kultuurilooline_kollektsioon, lk 4
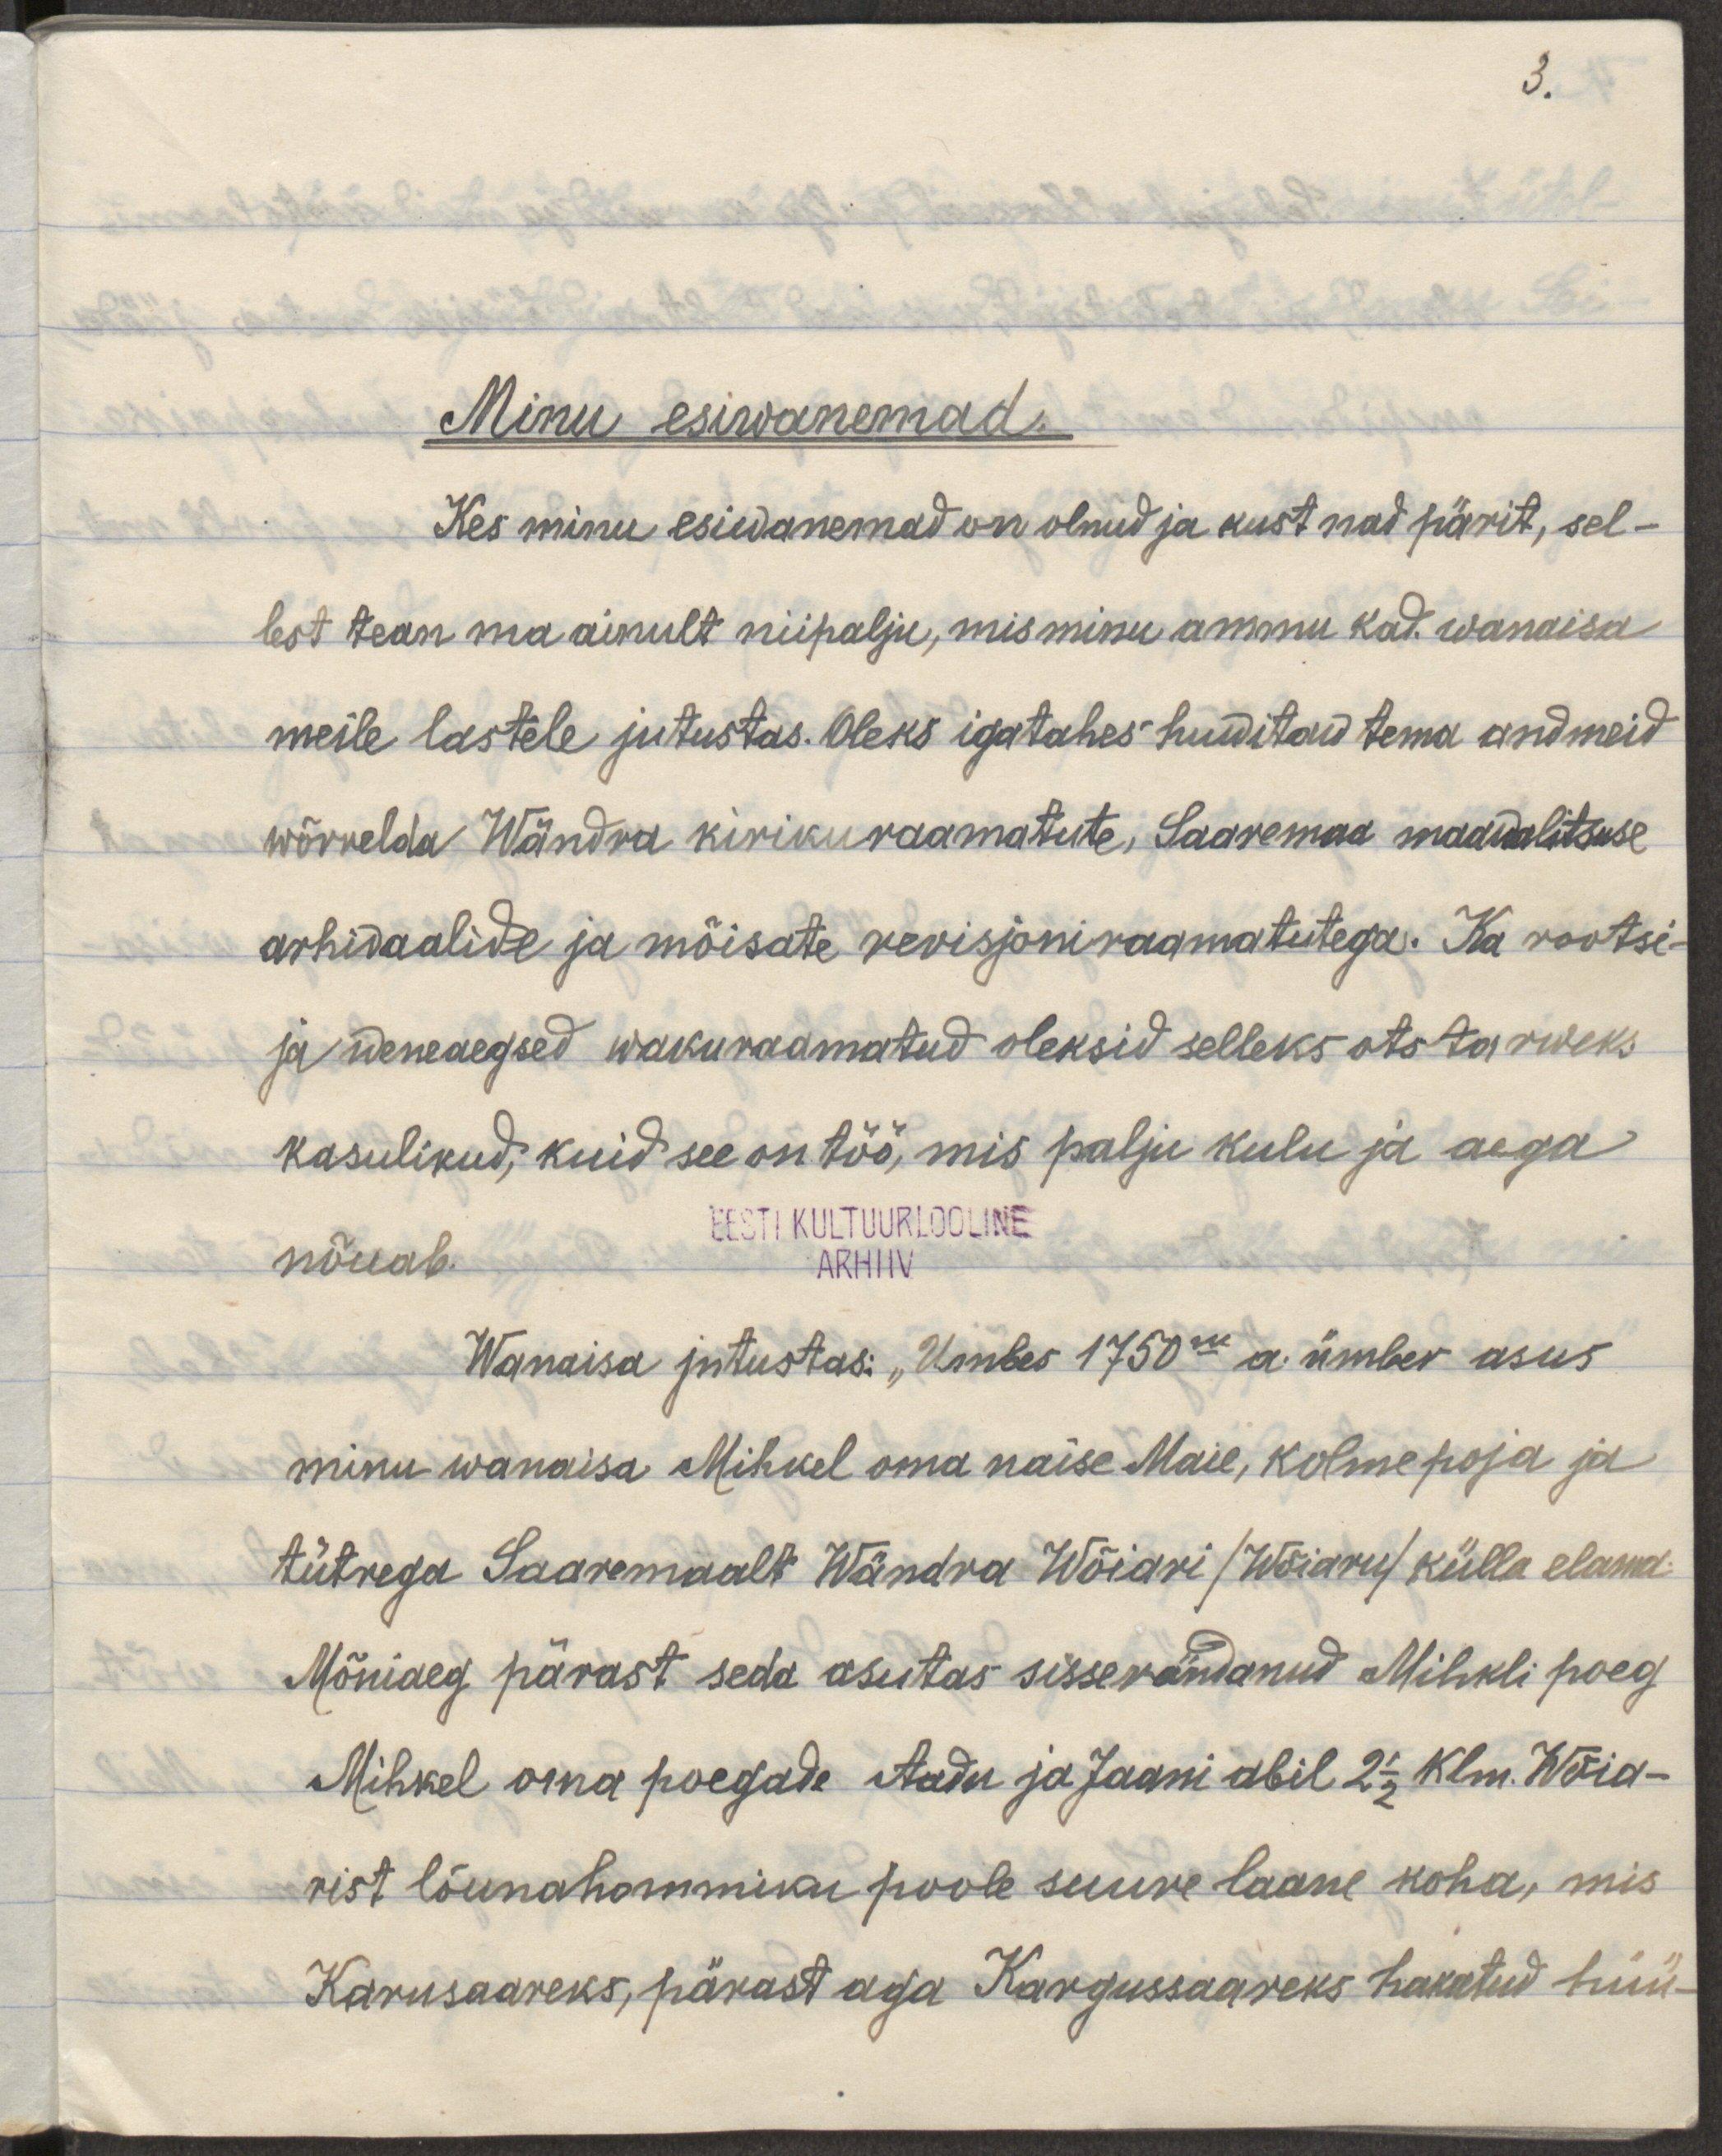
3.
Minu esiwanemad
Kes minu esiwanemad on olnud ja kust nad pärit, sel-
lest tean ma ainult niipalju, mis minu ammu kad. wanaisa
meile lastele jutustas. Oleks igastahes huwitaw tema andmeid
võrrelda Wändra kirikuraamatute, Saaremaa maawalitsuse
arhivaalide ja mõisate revisjoniraamatutega. Ka rootsi-
ja weneaegsed wakuraamatud oleksid selleks otstarbeks
kasulikud, kuid see on töö, mis palju kulu ja aega
EESTI KULTUURLOOLINE
nõuab
ARHIIV
Wanaisa jutustas: "Umbes 1750ne. ümber asus
minu wanaisa Mihkel oma naise Maie, kolme poja ja
tütrega Saaremaalt Wändra Wõiari /Wõiaru/ külla elama.
Mõniaeg pärast seda austas sisserännanud Mihkli poeg
Mihkel oma poegade Aadu ja Jaani abil 2 1/2 Klm. Wõia-
rist lõunahommiku poole suure laane koha, mis 
Karusaareks, pärast aga Kargussaareks hakatud hüü-